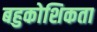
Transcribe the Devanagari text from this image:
बहुकोशिकता